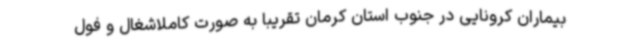
بیماران کرونایی در جنوب استان کرمان تقریبا به صورت کاملاشغال و فول